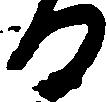
る